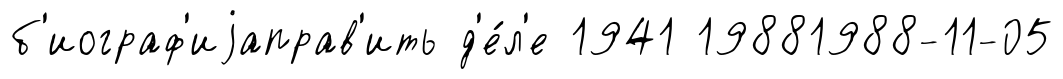
б'иограф'иjаправ'ить д'е́л'е 1941 19881988-11-05